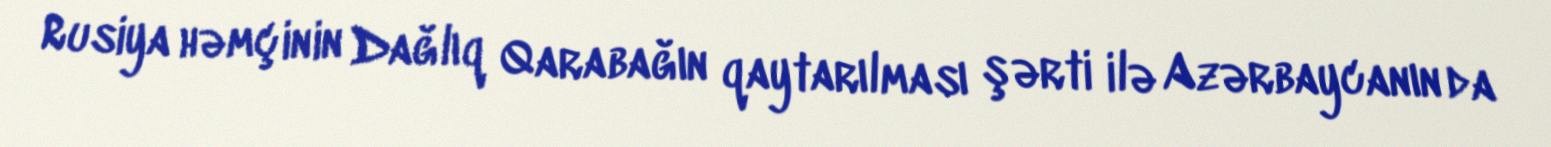
Rusiya həmçinin Dağlıq Qarabağın qaytarılması şərti ilə Azərbaycanın da